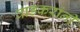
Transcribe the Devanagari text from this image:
वाडकरांनी